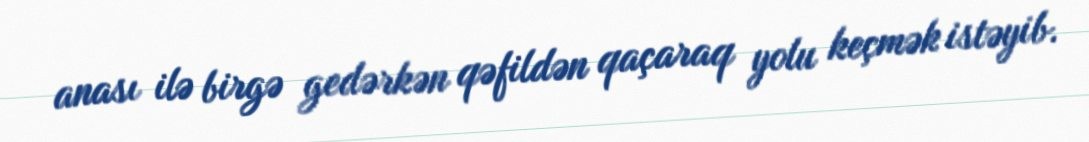
anası ilə birgə gedərkən qəfildən qaçaraq yolu keçmək istəyib.